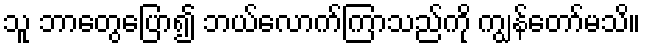
သူ ဘာတွေပြော၍ ဘယ်လောက်ကြာသည်ကို ကျွန်တော်မသိ။